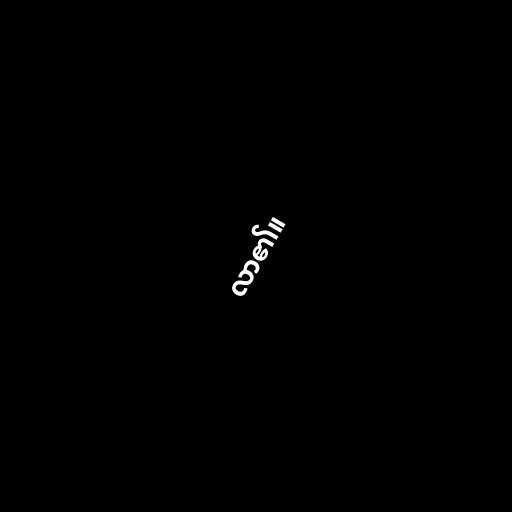
လာ၏။